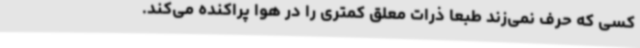
کسی که حرف نمی‌زند طبعا ذرات معلق کمتری را در هوا پراکنده می‌کند.